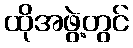
ထိုအဖွဲ့တွင်